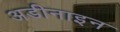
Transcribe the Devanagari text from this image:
अडीनाइन